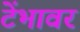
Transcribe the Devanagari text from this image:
टेंभावर